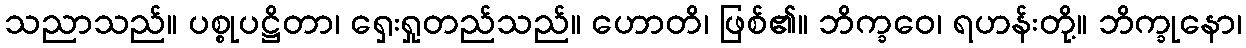
သညာသည်။ ပစ္စုပဋ္ဌိတာ၊ ရှေးရှုတည်သည်။ ဟောတိ၊ ဖြစ်၏။ ဘိက္ခဝေ၊ ရဟန်းတို့။ ဘိက္ခုနော၊